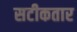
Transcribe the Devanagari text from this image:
सटीकतार